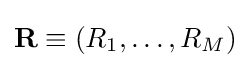
\mathbf {R} \equiv (R_{1},\dots ,R_{M})